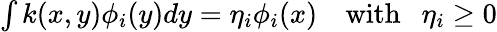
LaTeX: \begin{array}{r}{\int k(x,y)\phi_{i}(y)dy=\eta_{i}\phi_{i}(x)~~~~\mathrm{with}~~~\eta_{i}\geq 0}\end{array}